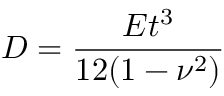
D = \frac { E t ^ { 3 } } { 1 2 ( 1 - \nu ^ { 2 } ) }